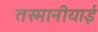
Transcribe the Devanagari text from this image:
तस्मानीयाई